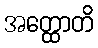
အတ္ထောတိ